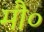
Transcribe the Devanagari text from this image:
मौ०